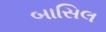
બાસિલ